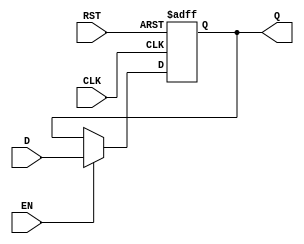
module StageRegister #(
    parameter WIDTH = 8  // Parameter to define the bit-width of the register
)(
    input wire [WIDTH-1:0] D,    // Data input
    input wire CLK,               // Clock signal
    input wire RST,               // Reset signal (active high)
    input wire EN,                // Enable signal
    output reg [WIDTH-1:0] Q      // Data output
);

// Asynchronous Reset and synchronous data capture on rising edge of the clock
always @(posedge CLK or posedge RST) begin
    if (RST) begin
        Q <= {WIDTH{1'b0}};       // Reset Q to 0
    end else if (EN) begin
        Q <= D;                   // Latch data input D into Q
    end
    // If EN is not asserted, retain previous value of Q
end

endmodule